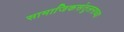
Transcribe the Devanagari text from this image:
सामाजिकसंतुलनाच्या